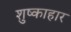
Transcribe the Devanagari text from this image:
शुष्काहार